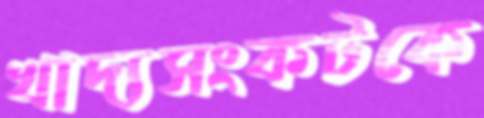
খাদ্যসংকটকে